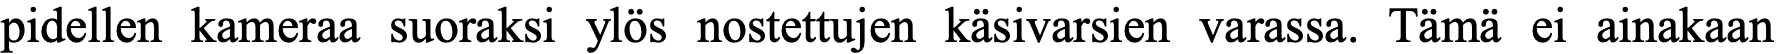
pidellen kameraa suoraksi ylös nostettujen käsivarsien varassa. Tämä ei ainakaan